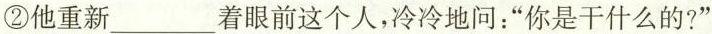
②他重新___着眼前这个人，冷冷地问：”你是干什么的?”